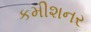
કમીશનર